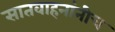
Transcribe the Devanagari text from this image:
सातवाहनांनीच